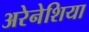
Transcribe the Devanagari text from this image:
अरेनेशिया